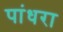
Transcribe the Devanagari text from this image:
पांधरा